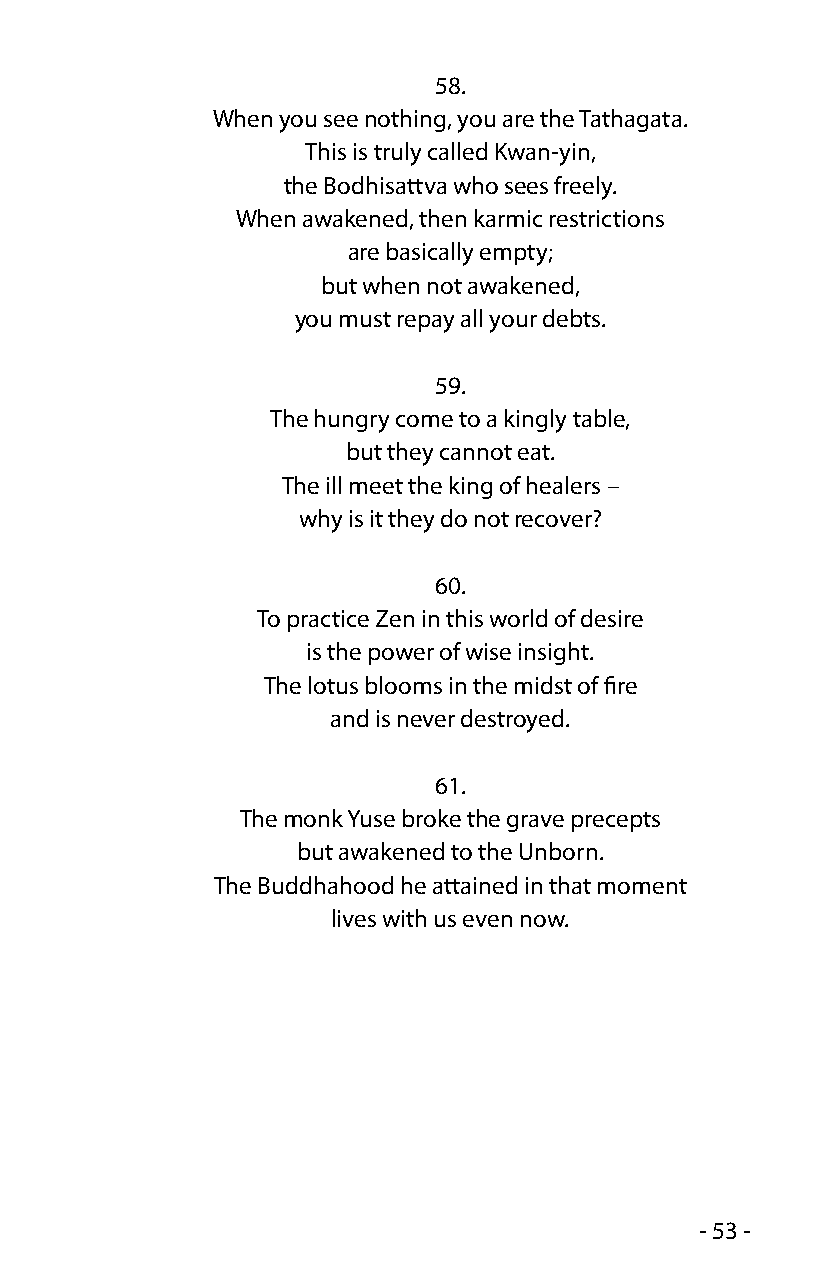
58.
 When you see nothing, you are the Tathagata.
 This is truly called Kwan-yin,
 the Bodhisattva who sees freely.
 When awakened, then karmic restrictions
 are basically empty;
 but when not awakened,
 you must repay all your debts.
 59.
 The hungry come to a kingly table,
 but they cannot eat.
 The ill meet the king of healers –
 why is it they do not recover?
 60.
 To practice Zen in this world of desire
 is the power of wise insight.
 The lotus blooms in the midst of fire
 and is never destroyed.
 61.
 The monk Yuse broke the grave precepts
 but awakened to the Unborn.
 The Buddhahood he attained in that moment
 lives with us even now.
 - 53 -